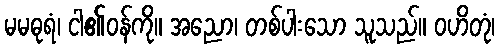
မမဓုရံ၊ ငါ၏ဝန်ကို။ အညော၊ တစ်ပါးသော သူသည်။ ဝဟိတုံ၊